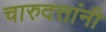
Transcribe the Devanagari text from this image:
चारुदत्तांनी